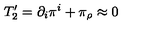
T _ { 2 } ^ { \prime } = \partial _ { i } \pi ^ { i } + \pi _ { \rho } \approx 0